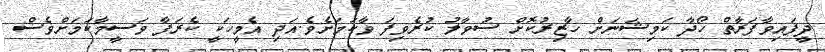
ދީފައިވާފަރާތް ހޯދާ ކަމިޝަނަށް ހާޒިރުކޮށް ސުވާލު ކުރެވިފަ ވާކަމަށެވެ.އަދި އެމީހަކީ ކެރަފާ ވަސީމާކަމަށްވެސް